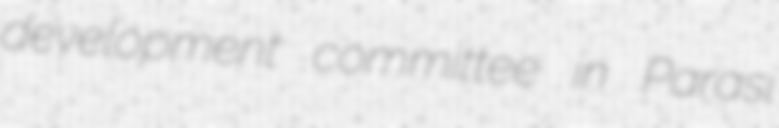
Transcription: development committee in Parasi